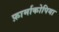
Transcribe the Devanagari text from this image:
फ़ार्माकोपिया